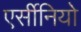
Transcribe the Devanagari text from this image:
एर्सीनियो